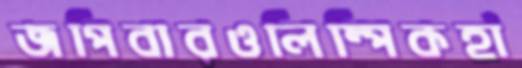
জপিবারওলিম্‌পিকহাঁ